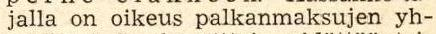
jalla on oikeus palkanmaksujen yh-